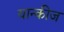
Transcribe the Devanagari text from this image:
यान्कीज